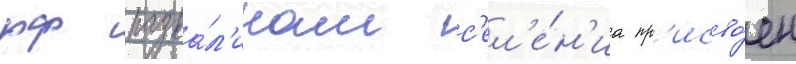
рф разва́л'инам с'ел'е́н'иа пр'исво́ен